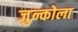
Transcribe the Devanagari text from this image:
जुन्कोला